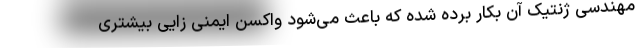
مهندسی ژنتیک آن بکار برده شده که باعث می‌شود واکسن ایمنی زایی بیشتری